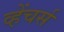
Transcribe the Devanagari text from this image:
व्हेंचर्स